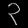
Digit: ၃